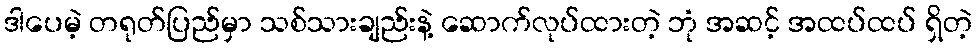
ဒါပေမဲ့ တရုတ်ပြည်မှာ သစ်သားချည်းနဲ့ ဆောက်လုပ်ထားတဲ့ ဘုံ အဆင့် အထပ်ထပ် ရှိတဲ့